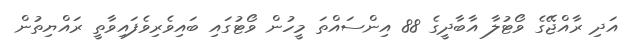
އަދި ރާއްޖޭގެ ވޯޓުލާ އާބާދީގެ 88 އިންސައްތަ މީހުން ވޯޓުގައި ބައިވެރިވެފައިވާތީ ރައްޔިތުން